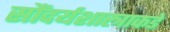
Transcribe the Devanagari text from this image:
सौंदर्यशास्त्राकडे